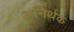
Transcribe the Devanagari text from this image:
अनिर्थक